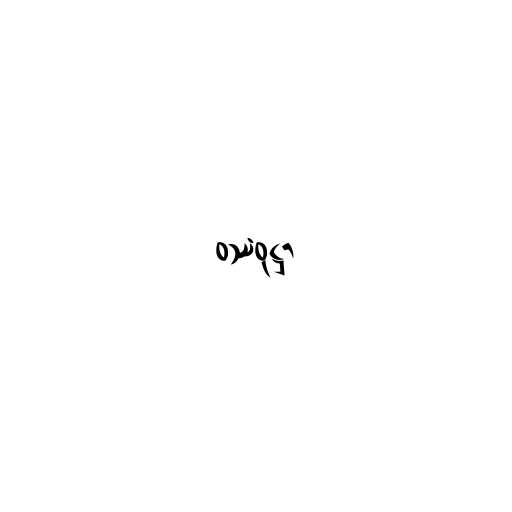
ဝဿံဝုဋ္ဌာ